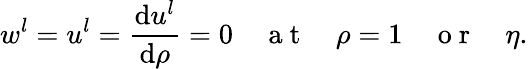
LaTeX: w^{l}=u^{l}=\frac{\mathrm{d}u^{l}}{\mathrm{d}\rho}=0\quad\mathrm{~a~t~}\quad\rho=1\quad\mathrm{~o~r~}\quad\eta.